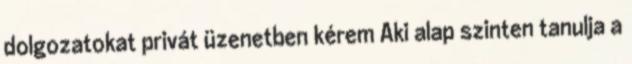
dolgozatokat privát üzenetben kérem Aki alap szinten tanulja a